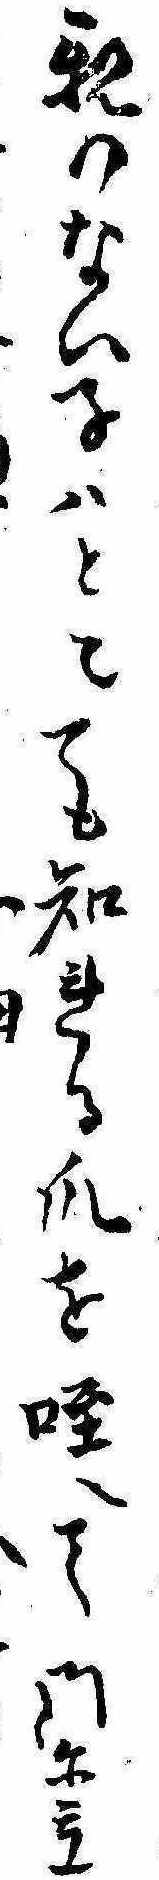
親のない子はとこても知れる爪を咥えて門に立